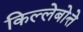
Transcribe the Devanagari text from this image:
किल्लेबोत्ते